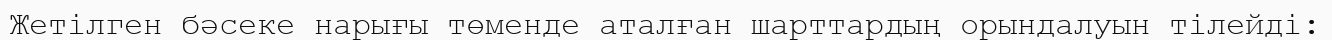
Жетілген бәсеке нарығы төменде аталған шарттардың орындалуын тілейді: